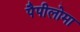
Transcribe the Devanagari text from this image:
पैपीलोमा